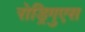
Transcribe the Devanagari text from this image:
रोड्रिगुएस